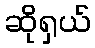
ဆိုရှယ်